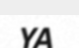
YA